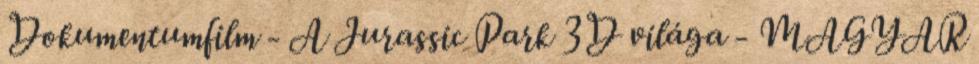
Dokumentumfilm - A Jurassic Park 3D világa - MAGYAR